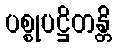
ပစ္စုပဋ္ဌိတန္တိ